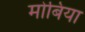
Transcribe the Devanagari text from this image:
मोबिया